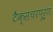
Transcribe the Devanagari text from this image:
टैक्सचरपूर्ण